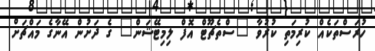
ހުރަސްތަކެއް ކުރިމަތި ކުރުވާ "ސްތެޗޫޓް އޮފް ލިމިޓޭޝަން" ގެ ދަށުން އޭނާގެ މައްޗަށް